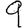
Digit: 9